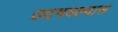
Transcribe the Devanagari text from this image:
उदभवल्यास